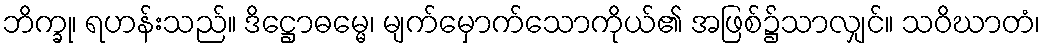
ဘိက္ခု၊ ရဟန်းသည်။ ဒိဋ္ဌောဓမ္မေ၊ မျက်မှောက်သောကိုယ်၏ အဖြစ်၌သာလျှင်။ သဝိဃာတံ၊